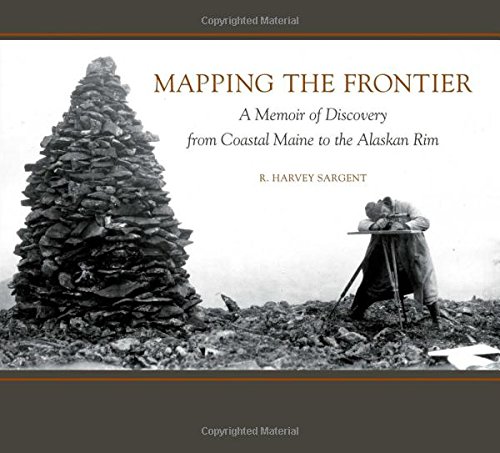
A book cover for Mapping the Frontier: A Memoir of Discovery from Coastal Maine to the Alaskan Rim; Rufus Harvey Sargent; Biographies & Memoirs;